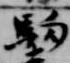
駒